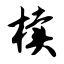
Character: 椟